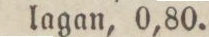
lagan, 0,80.